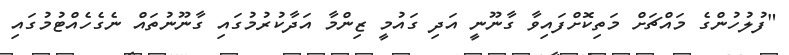
"ފުލުހުންގެ މައްޗަށް މަތިކޮށްފައިވާ ގާނޫނީ އަދި ގައުމީ ޒިންމާ އަދާކުރުމުގައި ގާނޫނުތައް ނެގެހެއްޓުމުގައި